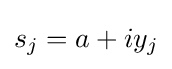
s_{j}=a+iy_{j}